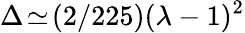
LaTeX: \Delta\! \simeq\! (2/225)(\lambda-1)^{2}